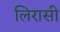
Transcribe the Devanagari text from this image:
लिरासी